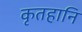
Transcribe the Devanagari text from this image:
कृतहानि